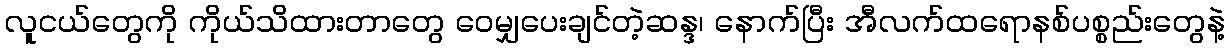
လူငယ်တွေကို ကိုယ်သိထားတာတွေ ဝေမျှပေးချင်တဲ့ဆန္ဒ၊ နောက်ပြီး အီလက်ထရောနစ်ပစ္စည်းတွေနဲ့